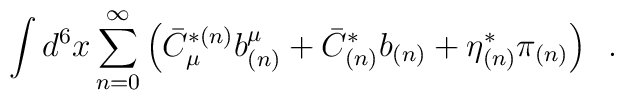
\int d^6 x \sum _{n=0}^{\infty} \left(\bar C^{*(n)}_{\mu }b^{\mu}_{(n)}+\bar C_{(n)}^* b_{(n)}+\eta ^*_{(n)}\pi _{(n)}\right)\,\,\, .